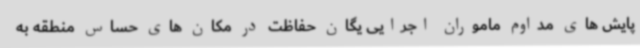
پایش های مداوم ماموران اجرایی یگان حفاظت در مکان های حساس منطقه به